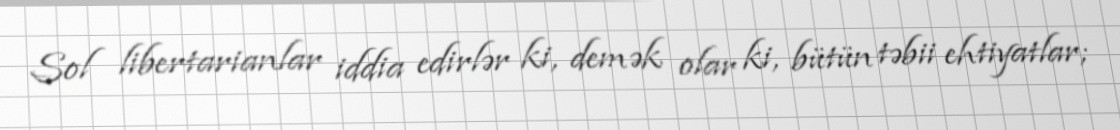
Sol libertarianlar iddia edirlər ki, demək olar ki, bütün təbii ehtiyatlar;